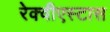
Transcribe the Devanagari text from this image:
रेक्वीएस्टास